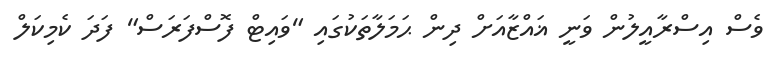
ވެސް އިސްރާއީލުން ވަނީ ޣައްޒާއަށް ދިން ޙަމަލާތަކުގައި "ވައިޓް ފޮސްފަރަސް" ފަދަ ކެމިކަލް